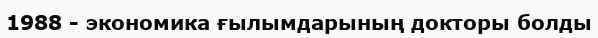
1988 - экономика ғылымдарының докторы болды